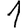
Digit: 1